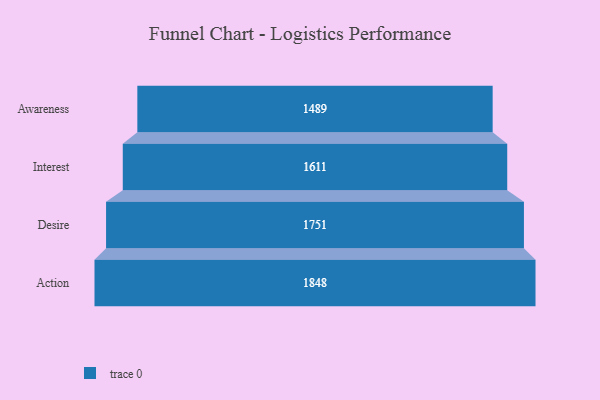
{"axis": {"x": "Stage", "y": "Value"}, "legend": [""], "data": [{"x": "Awareness", "y": 1489.0, "type": ""}, {"x": "Interest", "y": 1611.0, "type": ""}, {"x": "Desire", "y": 1751.0, "type": ""}, {"x": "Action", "y": 1848.0, "type": ""}]}